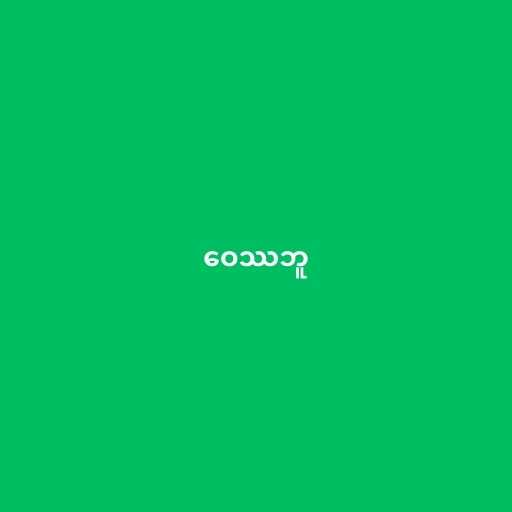
ဝေဿဘူ